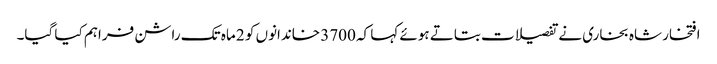
افتخار شاہ بخاری نے تفصیلات بتاتے ہوئے کہا کہ 3700 خاندانوں کو 2 ماہ تک راشن فراہم کیا گیا۔